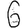
Digit: 6